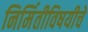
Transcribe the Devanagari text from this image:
निर्मितीविषयीचे